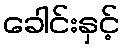
ခေါင်းနှင့်